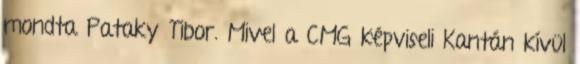
mondta Pataky Tibor. Mivel a CMG képviseli Kantán kívül